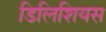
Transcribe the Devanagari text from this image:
डिलिशियस